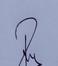
Signature authenticity: genuine